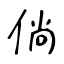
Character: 倘